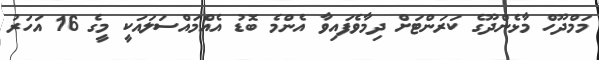
މަމްދޫހް މާޅެންދޫގެ ކަރަންޓަށް ދިމާވެފައިވާ އެންމެ ބޮޑު އެއްމައްސަލައަކީ މީގެ 16 އަހަރު